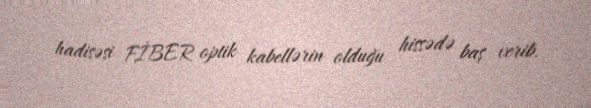
hadisəsi FİBER optik kabellərin olduğu hissədə baş verib.